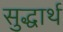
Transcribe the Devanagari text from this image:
सुद्धार्थ